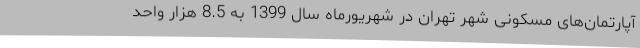
آپارتمان‌های مسکونی شهر تهران در شهریورماه سال 1399 به 8.5 هزار واحد